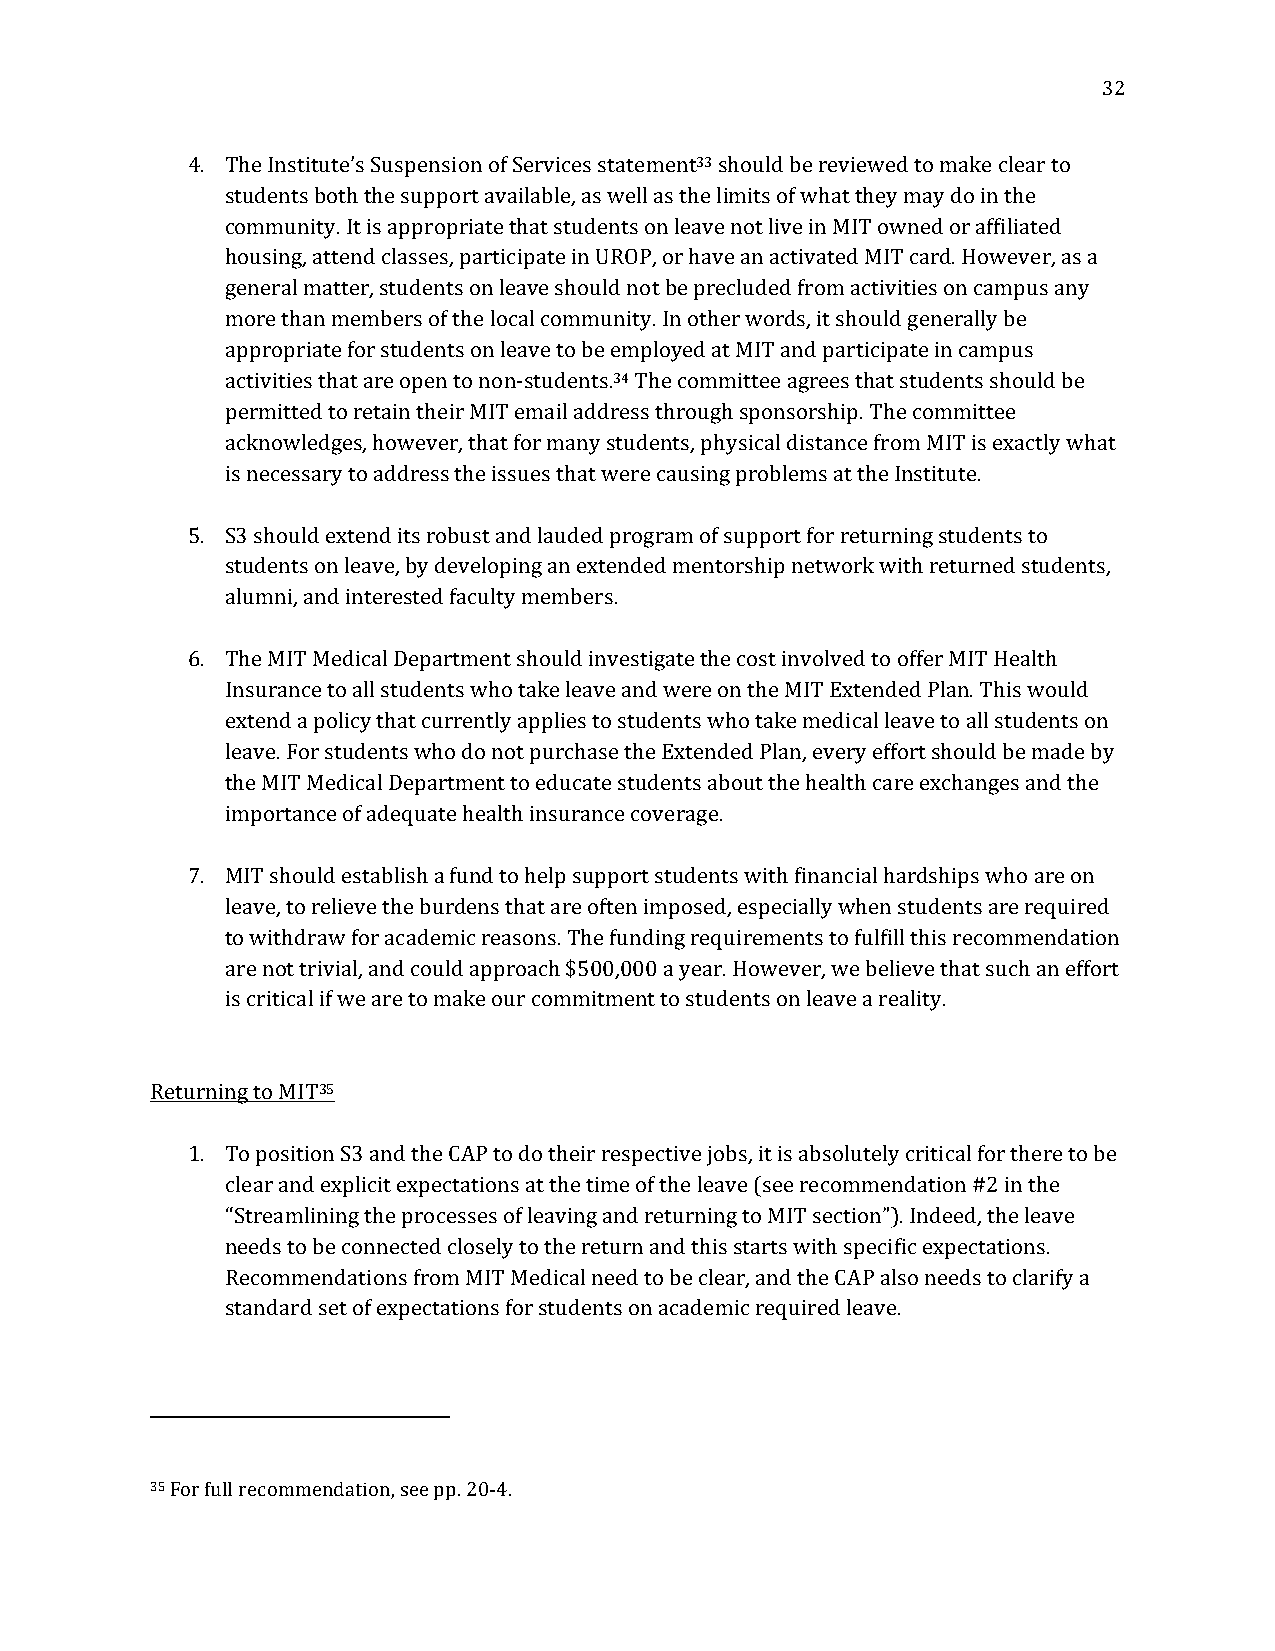
32
 4. The Institute’s Suspension of Services statement33 should be reviewed to make clear to
 students both the support available, as well as the limits of what they may do in the
 community. It is appropriate that students on leave not live in MIT owned or affiliated
 housing, attend classes, participate in UROP, or have an activated MIT card. However, as a
 general matter, students on leave should not be precluded from activities on campus any
 more than members of the local community. In other words, it should generally be
 appropriate for students on leave to be employed at MIT and participate in campus
 activities that are open to non-students.34 The committee agrees that students should be
 permitted to retain their MIT email address through sponsorship. The committee
 acknowledges, however, that for many students, physical distance from MIT is exactly what
 is necessary to address the issues that were causing problems at the Institute.
 5. S3 should extend its robust and lauded program of support for returning students to
 students on leave, by developing an extended mentorship network with returned students,
 alumni, and interested faculty members.
 6. The MIT Medical Department should investigate the cost involved to offer MIT Health
 Insurance to all students who take leave and were on the MIT Extended Plan. This would
 extend a policy that currently applies to students who take medical leave to all students on
 leave. For students who do not purchase the Extended Plan, every effort should be made by
 the MIT Medical Department to educate students about the health care exchanges and the
 importance of adequate health insurance coverage.
 7. MIT should establish a fund to help support students with financial hardships who are on
 leave, to relieve the burdens that are often imposed, especially when students are required
 to withdraw for academic reasons. The funding requirements to fulfill this recommendation
 are not trivial, and could approach $500,000 a year. However, we believe that such an effort
 is critical if we are to make our commitment to students on leave a reality.
 Returning to MIT35
 1. To position S3 and the CAP to do their respective jobs, it is absolutely critical for there to be
 clear and explicit expectations at the time of the leave (see recommendation #2 in the
 “Streamlining the processes of leaving and returning to MIT section”). Indeed, the leave
 needs to be connected closely to the return and this starts with specific expectations.
 Recommendations from MIT Medical need to be clear, and the CAP also needs to clarify a
 standard set of expectations for students on academic required leave.
 35 For full recommendation, see pp. 20-4.